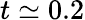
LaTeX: t\simeq 0.2